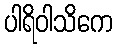
ပါရိဝါသိကေ